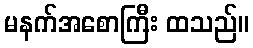
မနက်အစောကြီး ထသည်။